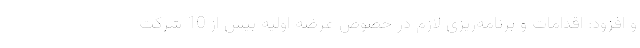
و افزود: اقدامات و برنامه‌ریزی لازم در خصوص عرضه اولیه بیش از 10 شرکت